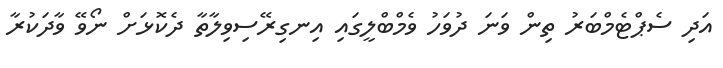
އަދި ސެޕްޓެމްބަރު ތިން ވަނަ ދުވަހު ވެމްބްލީގައި އިނގިރޭސިވިލާތާ ދެކޮޅަށް ނޯވޭ ވާދަކުރާ